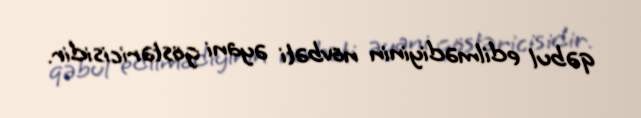
qəbul edilmədiyinin növbəti əyani göstəricisidir.